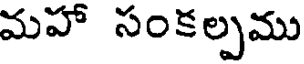
మహా సంకల్పము